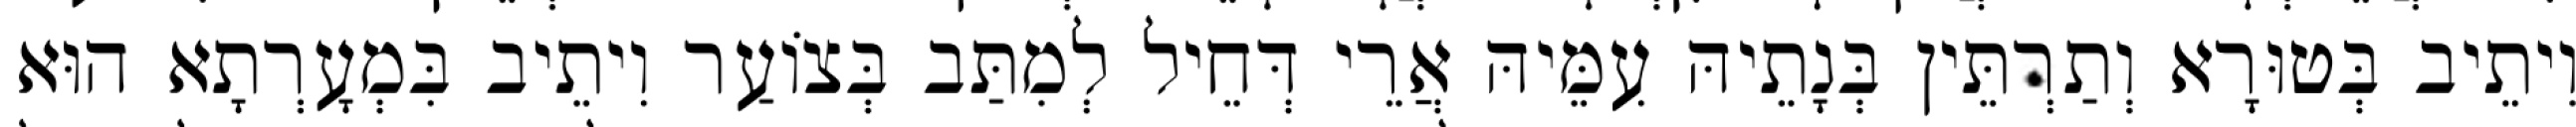
וִיתֵיב בְּטוּרָא וְתַרְתֵּין בְּנָתֵיהּ עִמֵּיהּ אֲרֵי דְּחֵיל לְמִתַּב בְּצוֹעַר וִיתֵיב בִּמְעָרְתָא הוּא